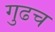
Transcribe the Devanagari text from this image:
गुढच